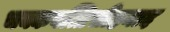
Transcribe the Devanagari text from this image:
चक्कवत्तिसीहनाद